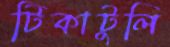
টিকাটুলি